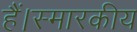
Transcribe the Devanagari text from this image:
हैं।स्मारकीय